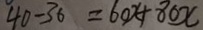
4 0 - 3 6 = 6 0 x + 8 0 x